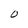
Character: 0